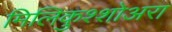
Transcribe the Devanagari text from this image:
मिलिकुश्शोअरा